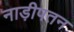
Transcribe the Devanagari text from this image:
नाड़ीपतन